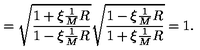
= \sqrt { \frac { 1 + \xi \frac { 1 } { M } R } { 1 - \xi \frac { 1 } { M } R } } \sqrt { \frac { 1 - \xi \frac { 1 } { M } R } { 1 + \xi \frac { 1 } { M } R } } = 1 .